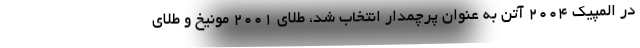
در المپیک 2004 آتن به عنوان پرچمدار انتخاب شد، طلای 2001 مونیخ و طلای